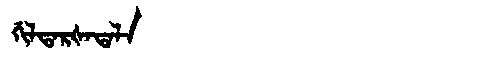
Manchu: ᡤᡳᠯᡨᠠᡵᡧᠠᡨᠠᠯᠠ
Romanization: GILTARŠATALA